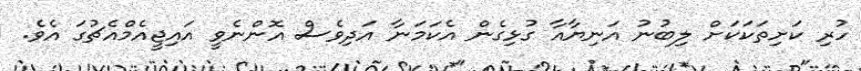
ހުރި ކަށިތަކަކަށް ލިބުނު އަނިޔާއާ ގުޅިގެން އެކަމަނާ އަދިވެސް އޮންނެވީ އައިޖީއެމްއެޗުގަ އެވެ.